Annual administration report of the Civil Veterinary Department, Ajmere-Merwara, British Rajputana - 1914-1940
Year: 1914
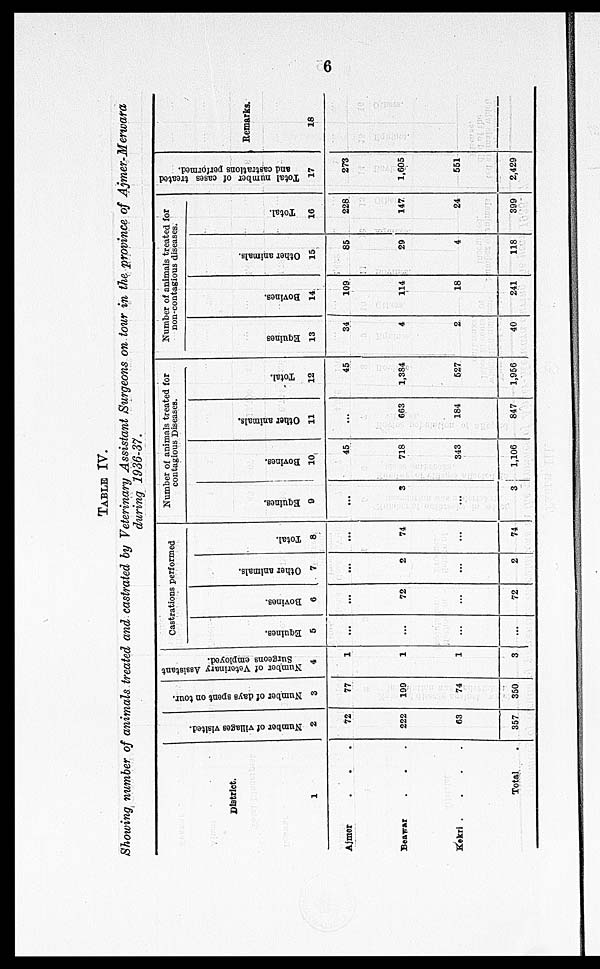
6
TABLE IV.
Showing number of animals treated and castrated by Veterinary Assistant Surgeons on tour in the province of Ajmer-Merwara
during 1936-37.
District.
1
Ajmer . . .
Beawar . . .
Kekri .
.
.
.
Total.
Number of villages visited.
2
72
222
63
357
Number
of days spent on tour.
3
77
199
74
350
Number
of Veterinary Assistant
Surgeons employed.
4
1
1
1
3
Castrations performed
Equines.
5
...
...
...
...
Bovines.
6
...
72
...
72
Other animals.
7
...
2
...
2
Total.
8
...
74
...
74
Number of animals treated for
contagious Diseases.
Equines.
9
...
3
...
3
Bovines.
10
45
718
343
1,106
Other animals.
11
...
663
184
847
Total.
12
45
1,384
527
1,956
Number of animals treated for
non-contagious diseases.
Equines
13
34
4
2
40
Bovines.
14
109
114
18
241
Other animals.
15
85
29
4
118
Total.
16
228
147
24
399
Total number of cases treated
and castrations performed.
17
273
1,605
551
2,429
Remarks.
18